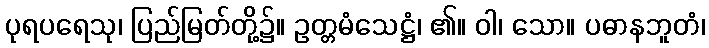
ပုရပရေသု၊ ပြည်မြတ်တို့၌။ ဥတ္တမံသေဋ္ဌံ၊ ၏။ ဝါ၊ သော။ ပဓာနဘူတံ၊